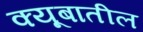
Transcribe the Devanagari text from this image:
क्यूबातील